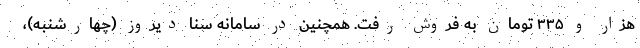
هزار و ۳۳۵ تومان به فروش رفت. همچنین در سامانه سنا دیروز (چهارشنبه)،